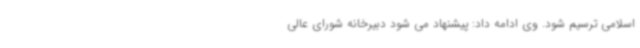
اسلامی ترسیم شود. وی ادامه داد: پیشنهاد می شود دبیرخانه شورای عالی